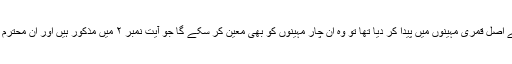
اگر کوئی شخص اس فرق کو معلوم کر سکے جو نسی کے قاعدے نے اصل قمری مہینوں میں پیدا کر دیا تھا تو وہ ان چار مہینوں کو بھی معین کر سکے گا جو آیت نمبر ۲ میں مذکور ہیں اور ان محترم مہینوں کو بھی ٹھیک ٹھیک بتا سکے گا جن کا حوالہ آیت ۵ میں ہے۔